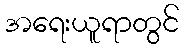
အရေးယူရာတွင်